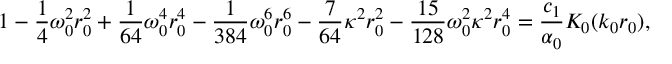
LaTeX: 1 - \frac 1 4 \omega _ { 0 } ^ { 2 } r _ { 0 } ^ { 2 } + \frac { 1 } { 6 4 } \omega _ { 0 } ^ { 4 } r _ { 0 } ^ { 4 } - \frac { 1 } { 3 8 4 } \omega _ { 0 } ^ { 6 } r _ { 0 } ^ { 6 } - \frac { 7 } { 6 4 } \kappa ^ { 2 } r _ { 0 } ^ { 2 } - \frac { 1 5 } { 1 2 8 } \omega _ { 0 } ^ { 2 } \kappa ^ { 2 } r _ { 0 } ^ { 4 } = \frac { c _ { 1 } } { \alpha _ { 0 } } K _ { 0 } ( k _ { 0 } r _ { 0 } ) ,